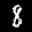
Label: 8